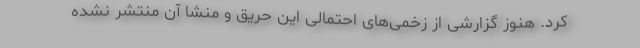
کرد. هنوز گزارشی از زخمی‌های احتمالی این حریق و منشا آن منتشر نشده